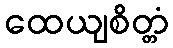
ထေယျစိတ္တံ